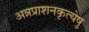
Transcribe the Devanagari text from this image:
अन्नप्राशनकृत्येषु